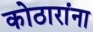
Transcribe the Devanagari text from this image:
कोठारांना